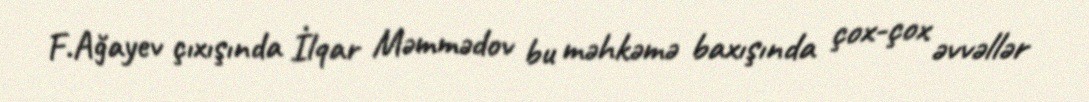
F.Ağayev çıxışında İlqar Məmmədov bu məhkəmə baxışında çox-çox əvvəllər